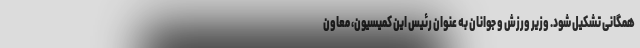
همگانی تشکیل شود. وزیر ورزش و جوانان به عنوان رئیس این کمیسیون، معاون